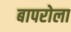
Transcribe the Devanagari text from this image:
बापरोला